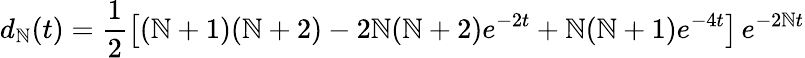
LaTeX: d_{\mathbb{N}}(t)=\frac{{1}}{{2}}\left[(\mathbb{N}+1)(\mathbb{N}+2)-2\mathbb{N}(\mathbb{N}+2)e^{-2t}+\mathbb{N}(\mathbb{N}+1)e^{-4t}\right]\, e^{-2\mathbb{N}t}